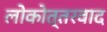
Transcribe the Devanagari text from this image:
लोकोत्तरवाद